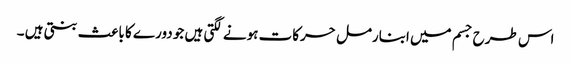
اس طرح جسم میں ابنارمل حرکات ہونے لگتی ہیں جو دورے کا باعث بنتی ہیں ۔